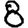
Digit: 8